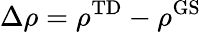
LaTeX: \Delta\rho=\rho^{\mathrm{TD}}-\rho^{\mathrm{GS}}